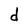
Character: d